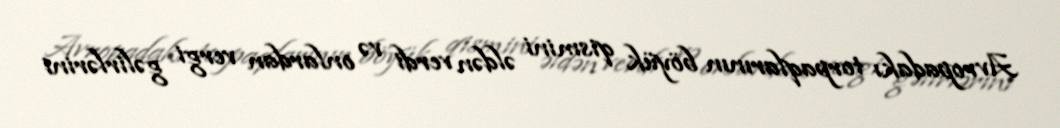
Avropadakı torpaqlarının böyük qismini əldən verdi və onlardan vergi gəlirlərini